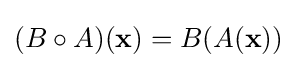
(B\circ A)(\mathbf {x} )=B(A(\mathbf {x} ))